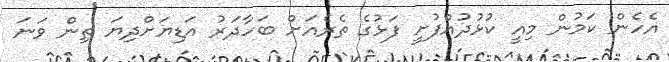
އެހެން ކަމުން މިއީ ކުޅުދުއްފުށީ ފަޅުގެ ތެރެއަށް ބަހާދަރު އަޑިޔަށްދިޔަ ތިން ވަނަ